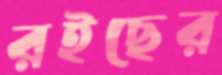
রইছের